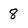
Character: 8